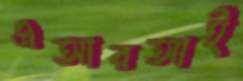
এআরআই